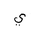
Letter: _ya